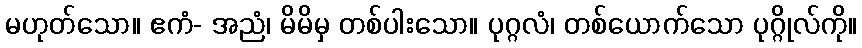
မဟုတ်သော။ ဧကံ- အညံ၊ မိမိမှ တစ်ပါးသော။ ပုဂ္ဂလံ၊ တစ်ယောက်သော ပုဂ္ဂိုလ်ကို။